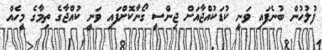
ފުލުހުން ބުނެފައި ވަނީ ކުޑަކުއްޖާއަށް ޖިންސީ ގޯނާކޮށްފައި ވަނީ ކުއްޖާގެ ތިމާގެ މީހެއް